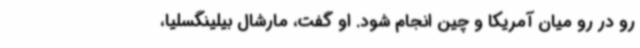
رو در رو میان آمریکا و چین انجام شود. او گفت، مارشال بیلینگسلیا،